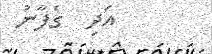
އަދި  ގެފާނު